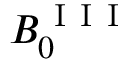
B _ { 0 } ^ { \mathrm { ~ I ~ I ~ I ~ } }